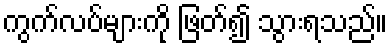
ကွက်လပ်များကို ဖြတ်၍ သွားရသည်။